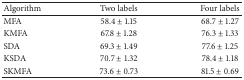
<table><thead><tr><td><b>Algorithm</b></td><td><b>Two labels</b></td><td><b>Four labels</b></td></tr></thead><tbody><tr><td>MFA</td><td>58.4 ± 1.15</td><td>68.7 ± 1.27</td></tr><tr><td>KMFA</td><td>67.8 ± 1.28</td><td>76.3 ± 1.33</td></tr><tr><td>SDA</td><td>69.3 ± 1.49</td><td>77.6 ± 1.25</td></tr><tr><td>KSDA</td><td>70.7 ± 1.32</td><td>78.4 ± 1.18</td></tr><tr><td>SKMFA</td><td>73.6 ± 0.73</td><td>81.5 ± 0.69</td></tr></tbody></table>